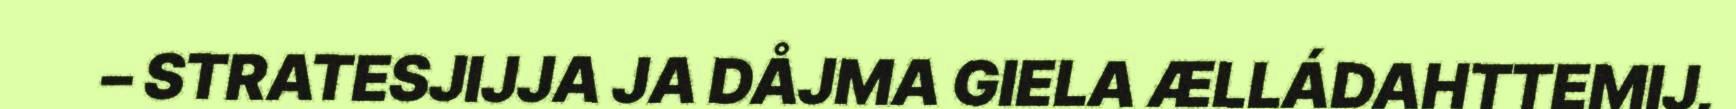
– STRATESJIJJA JA DÅJMA GIELA ÆLLÁDAHTTEMIJ,